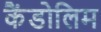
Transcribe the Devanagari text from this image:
कैंडोलिम